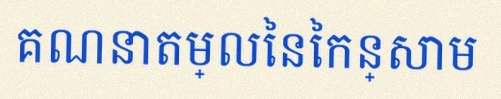
គណនាតម្លៃនៃកន្សោម